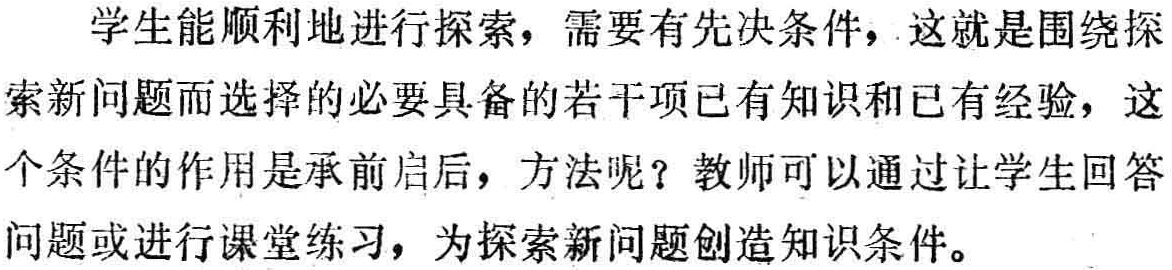
学生能顺利地进行探索，需要有先决条件，这就是围绕探索新问题而选择的必要具备的若干项已有知识和已有经验，这个条件的作用是承前启后，方法呢？教师可以通过让学生回答问题或进行课堂练习，为探索新问题创造知识条件。